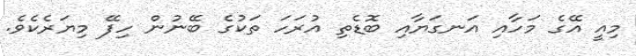
މިއީ އޭގެ މަހާއި އަނގަޔާއި ބޮޑެތި އުރަހަ ތަކުގެ ބޭނުން ހިފޭ މިޔަރެކެވެ.